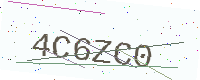
Text: 4C6ZC0